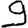
Digit: 9